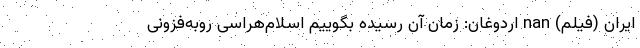
ایران (فیلم) nan اردوغان: زمان آن رسیده بگوییم اسلام‌هراسی روبه‌فزونی